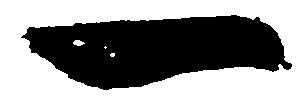
一